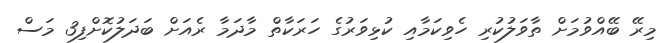
މިރޭ ބޭއްވުމަށް ތާވަލުކުރި ހެވިކަމާއި ކުޅިވަރުގެ ހަރަކާތް މާދަމާ ރެއަށް ބަދަލުކޮށްފި3 މަސް